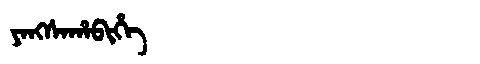
Manchu: ᠶᠠᠩᠰᠠᡥᠠᠪᡳᡥᡝ
Romanization: YANGSAHABIHE